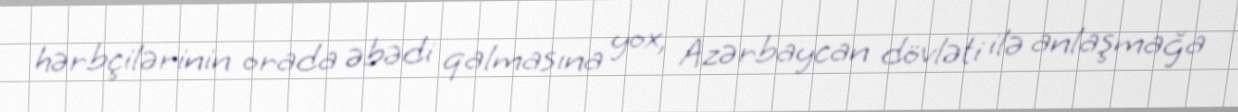
hərbçilərinin orada əbədi qalmasına yox, Azərbaycan dövləti ilə anlaşmağa